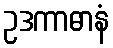
ဥဒကာဓာနံ